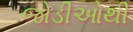
જોડીઓથી